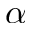
\alpha